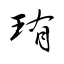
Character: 珛